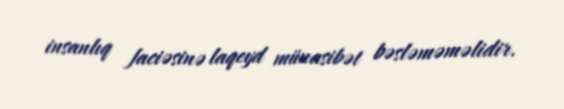
insanlıq faciəsinə laqeyd münasibət bəsləməməlidir.